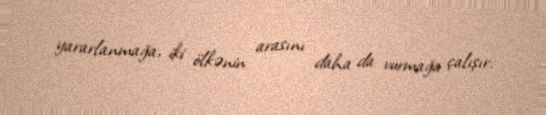
yararlanmağa, iki ölkənin arasını daha da vurmağa çalışır.